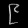
Digit: ၉